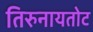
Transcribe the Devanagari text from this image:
तिरुनायतोट